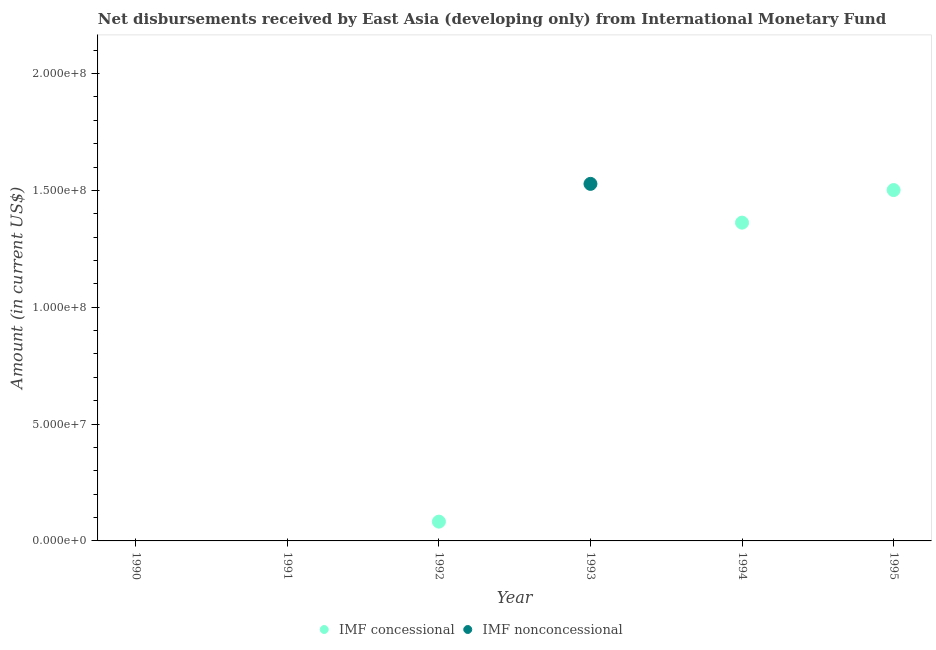
| Year | IMF concessional | IMF nonconcessional |
 | --- | --- | --- |
 | 1990 | -1.05e+08 | -1.12e+09 |
 | 1991 | -4.22e+07 | -5.48e+08 |
 | 1992 | 8.25e+06 | -1.13e+08 |
 | 1993 | -3.91e+07 | 1.53e+08 |
 | 1994 | 1.36e+08 | -1.62e+08 |
 | 1995 | 1.5e+08 | -3.38e+08 |